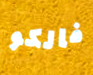
فالكو